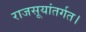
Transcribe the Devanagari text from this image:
राजसूयांतर्गत।